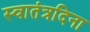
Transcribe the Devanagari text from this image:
स्वातंत्रदिना